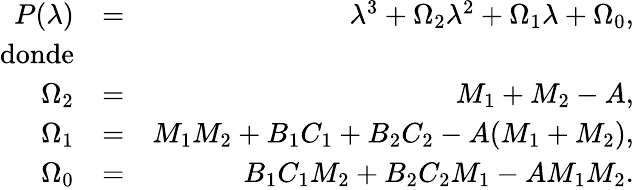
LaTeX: \begin{array}{rlr}{P(\lambda)}&{=}&{\lambda^{3}+\Omega_{2}\lambda^{2}+\Omega_{1}\lambda+\Omega_{0},}\\ {\mathrm{donde}}\\ {\Omega_{2}}&{=}&{M_{1}+M_{2}-A,}\\ {\Omega_{1}}&{=}&{M_{1}M_{2}+B_{1}C_{1}+B_{2}C_{2}-A(M_{1}+M_{2}),}\\ {\Omega_{0}}&{=}&{B_{1}C_{1}M_{2}+B_{2}C_{2}M_{1}-AM_{1}M_{2}.}\end{array}